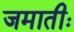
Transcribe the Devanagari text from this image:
जमातीः